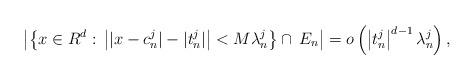
LaTeX: \begin{align*}\left|\left\{x\in R^d:\,\left||x-c^j_n|-|t^j_n|\right|<M\lambda^j_n\right\}\cap\, E_n\right|=o\left(\left|t^j_n\right|^{d-1}\lambda^j_n\right),\end{align*}